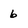
Character: 6